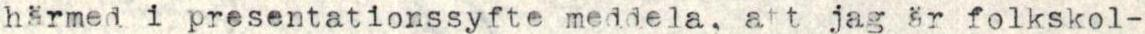
härmed i presentationssyfte meddela, att jag är folkskol-